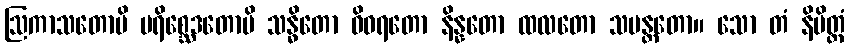
ဩကာသတောပိ ပရိစ္ဆေဒတောပိ သန္ဓိတော ဝိဝရတော နိန္နတော ထလတော သမန္တတော။ သော တံ နိမိတ္တံ